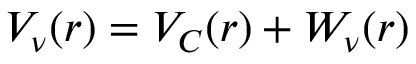
V _ { \nu } ( r ) = V _ { C } ( r ) + W _ { \nu } ( r )